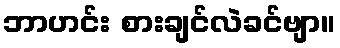
ဘာဟင်း စားချင်လဲခင်ဗျာ။